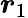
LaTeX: \boldsymbol{r}_{1}